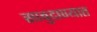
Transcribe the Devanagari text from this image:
साबुदाण्यात